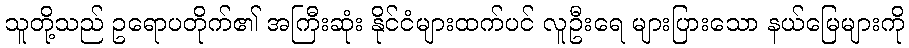
သူတို့သည် ဥရောပတိုက်၏ အကြီးဆုံး နိုင်ငံများထက်ပင် လူဦးရေ များပြားသော နယ်မြေများကို